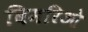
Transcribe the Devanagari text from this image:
बिमरिओ